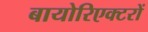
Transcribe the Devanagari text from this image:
बायोरिएक्टरों